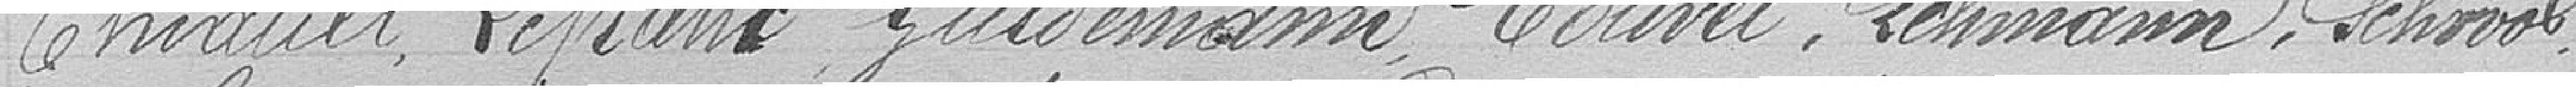
Thiault, Lefranc, Guldemann, Touvet, Lehmann, Schwal